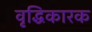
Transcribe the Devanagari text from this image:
वृद्धिकारक